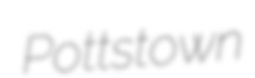
Pottstown